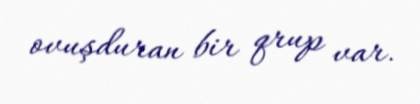
ovuşduran bir qrup var.